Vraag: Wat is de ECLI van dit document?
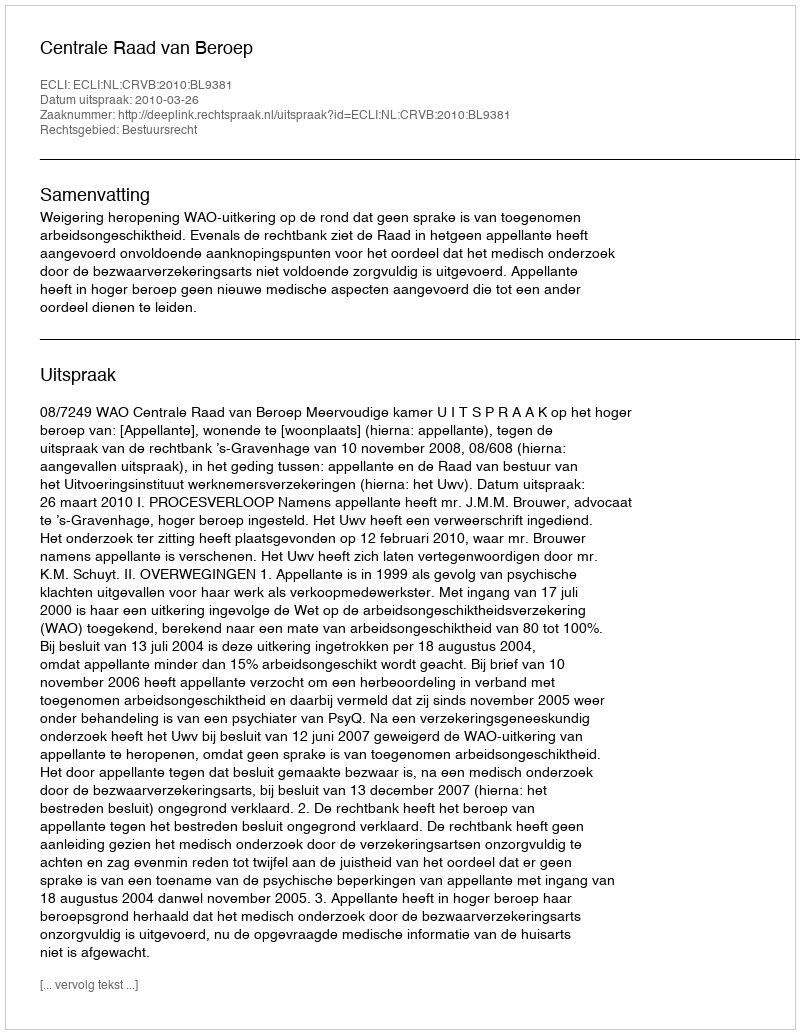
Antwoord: ECLI:NL:CRVB:2010:BL9381